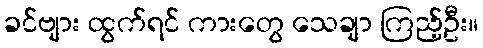
ခင်ဗျား ထွက်ရင် ကားတွေ သေချာ ကြည့်ဦး။